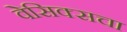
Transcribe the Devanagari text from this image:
वेसिक्सचा